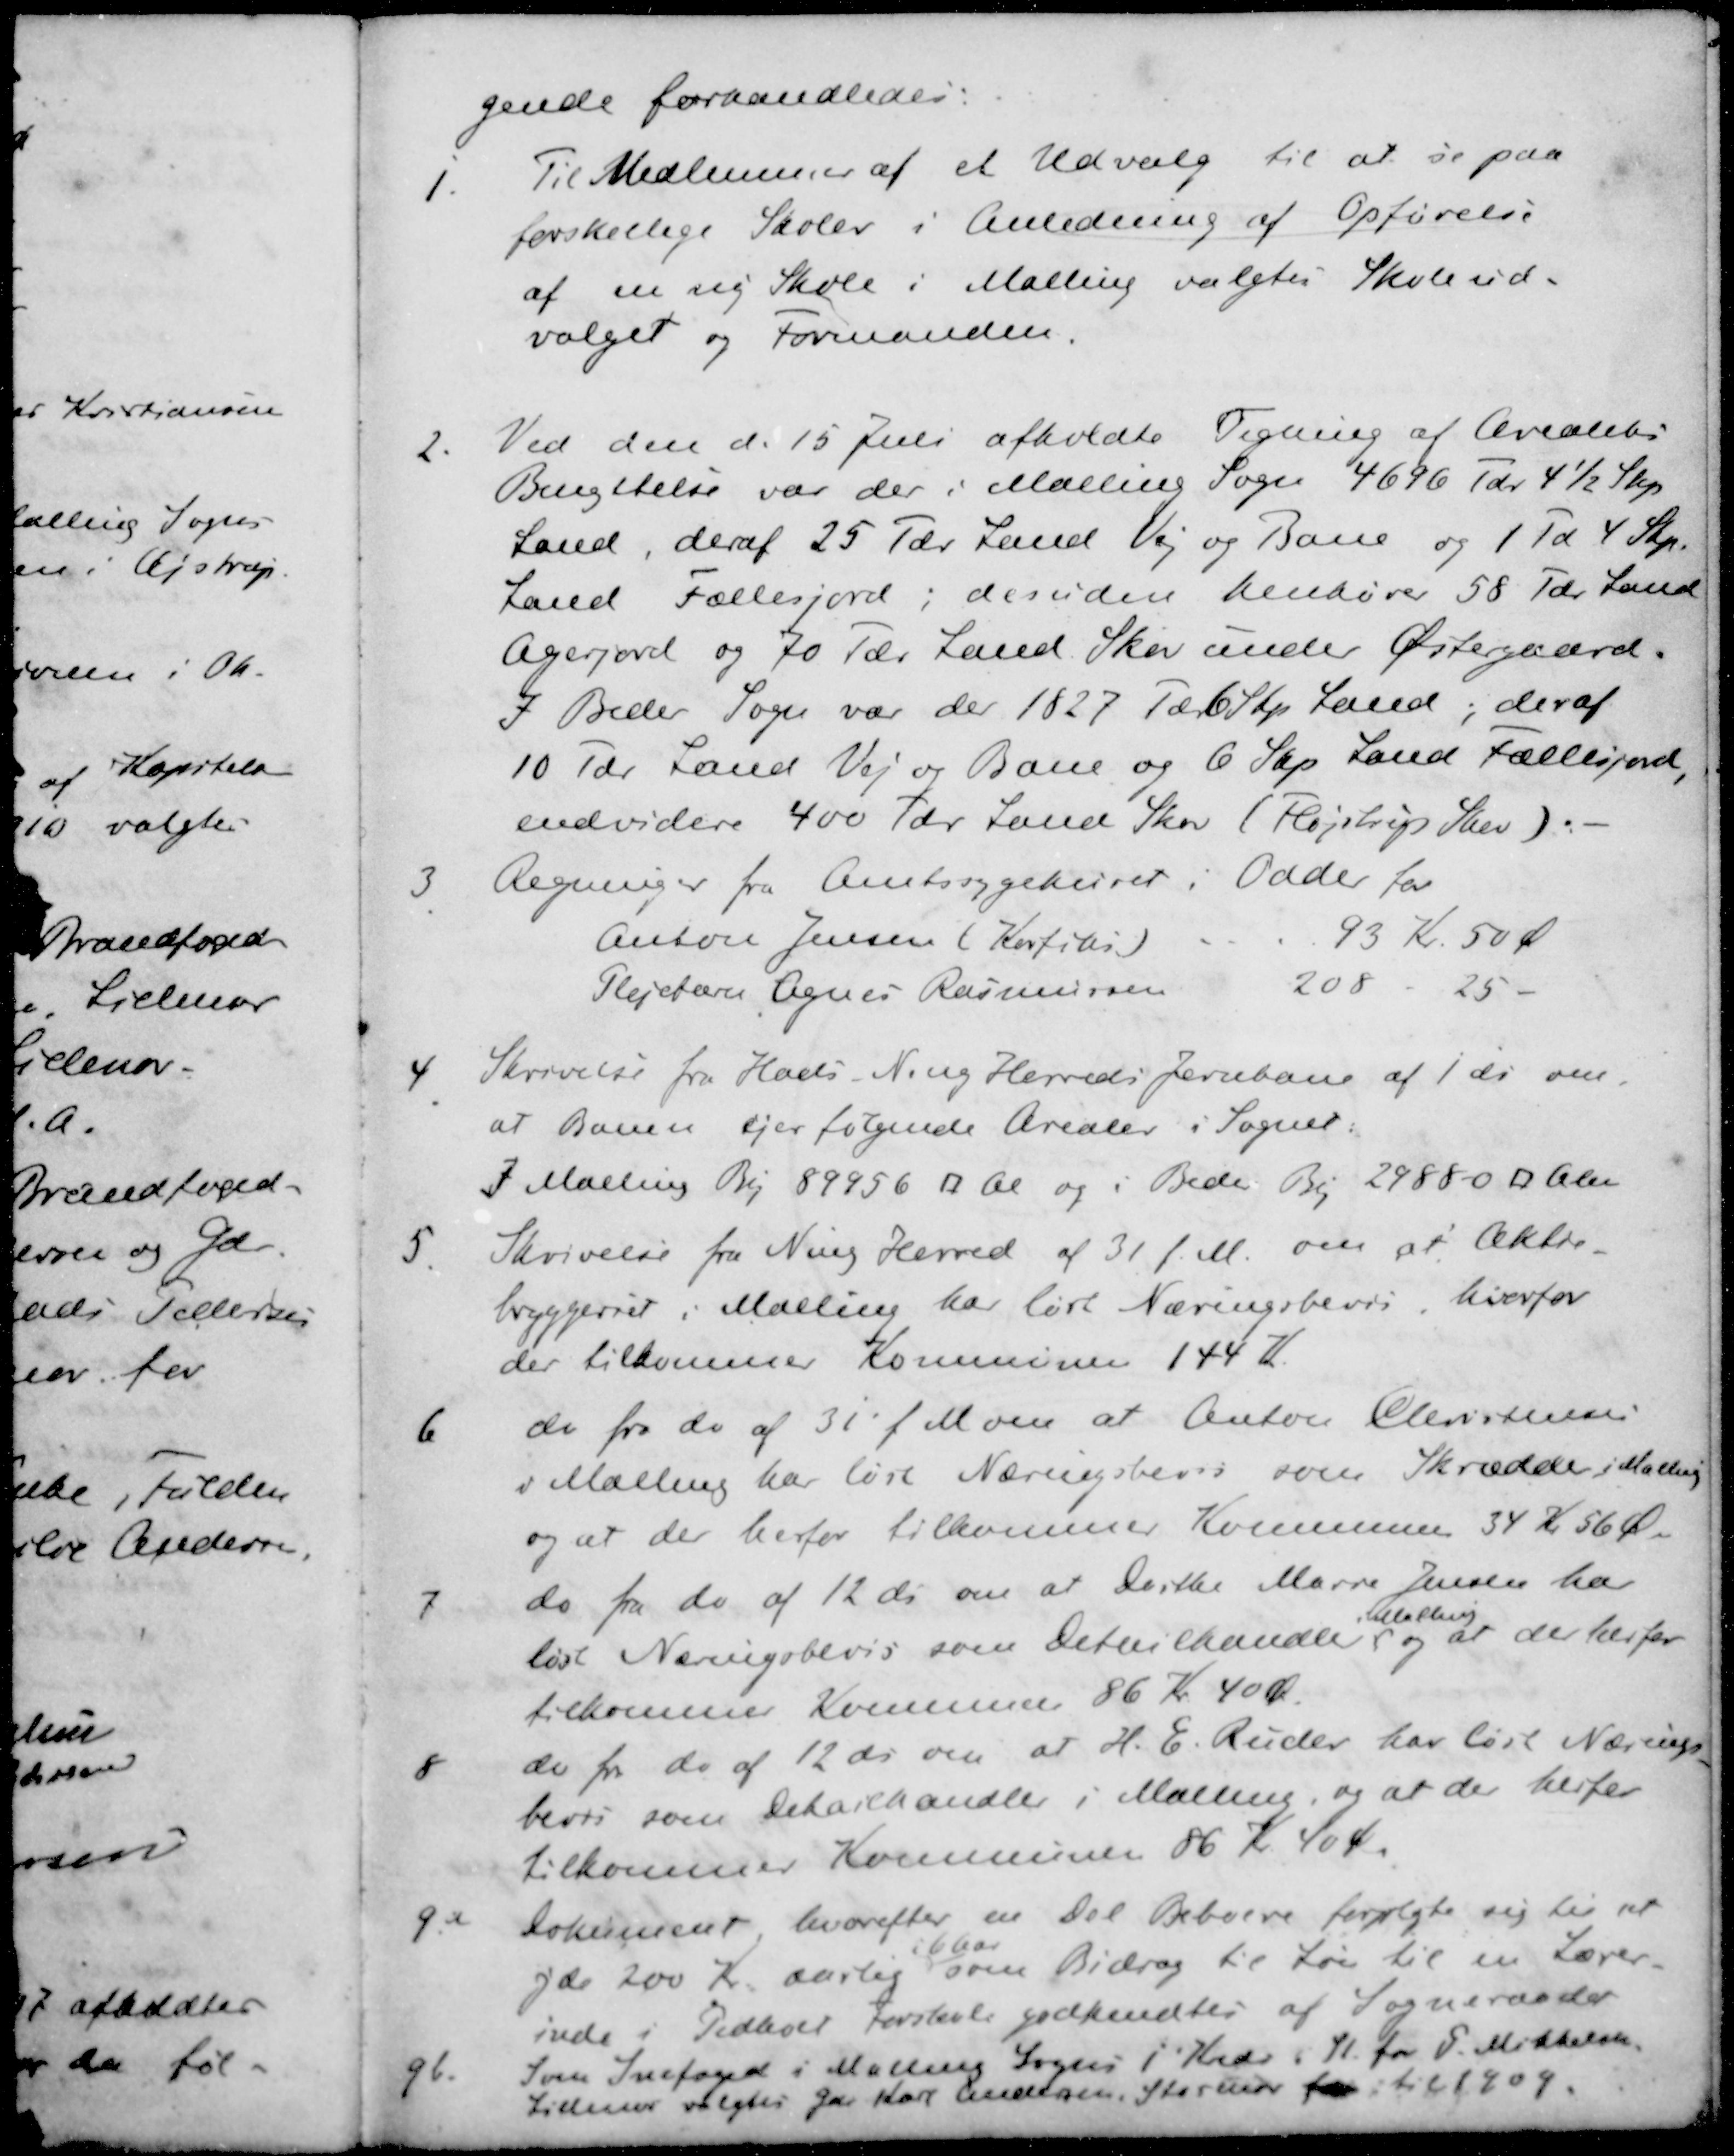
Transskription:
l

"

l

e

e

"

2
1
2 afholdtes
da for-

3

4
5.
6
7

1.
2.

9.4
gb.

gende forhandledes:
Til Medlemmer af et Udvalg til at se paa
forskellige Skoler i Anledning af Opførelse
af en sig Skole i Malling valgtes Skoleud-
valget og Formanden.
Ved den d. 15 Juli afholdte Tegning af Arealets
Benyttelse var der i Malling Sogn 4696 (dr. 4½ Step
Land, deraf 25 Tdr. Land Vej og Bane og 1 Td 4 Skp.
Land Fællesjord, desuden henhører 50 Tdr. Land
Agerjord og 10 Tdr Land Skov under Østergaard.
7 Beder Sogn var der 1827 Td. 6 Skp. Land; deraf
10 Tdr Land Vej og Bane og 6 Sep Land Fællesjord,
endvidere 400 Tdr Land Skov (Fløjstrup Skov).
Regninger fra Amtssygehuset i Odder for
93 Kr. 50 Ø
Anton Jensen (Korfits)
208 - 25 -
Plejebære Agnes Rasmussen
Skrivelse fra Hads N. og Herreds Jernbane af 1 ds om,
at Banen fjer følgende Arealer i Sogner:
I Malling Be 89956 R Al og i Beder By 298800 blev
Skrivelse fra Ning Herred af 31 f. M. om at Oktob
tryggeriet i Malling har løst Næringsbevis, hverfor
der tilkommer Kommunen 144 K
de fra do af 31' f. Moni at Anton Christensen
Teltælling har løst Næringsbevis som Skrædde i Møden
og at der herfor tilkommer Kommunen 34 Kr 56 Øre
do fra do af 12 ds om at Dorthe Marie Jensen ha
bltilling
løst Næringsbevis som Detailhandles og at der herfor
tilkommer Kommune 86 Kr 40 Ø.
de for de af 12 ds om at H. E. Ruder har løst Nærings
bevis som Detailhandler i Malling, og at de herfor
tilkommer Kommunen 86 Kr 40 Ø.
dokument hvorefter en Del Beboere forplgte sig til at
2
66
yde 200 Kr. aarlig som Bidrag til Løn til en Lærer-
inde i Tidligel forskel godkendtes af Sogneraadet
Som Snefoged i Malling Sogns 1 Kreds i 11 for P. Mikkelse.
Sidiner valgtes Gdr Karl Andersen, Stormer for til 1909